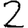
Digit: 2